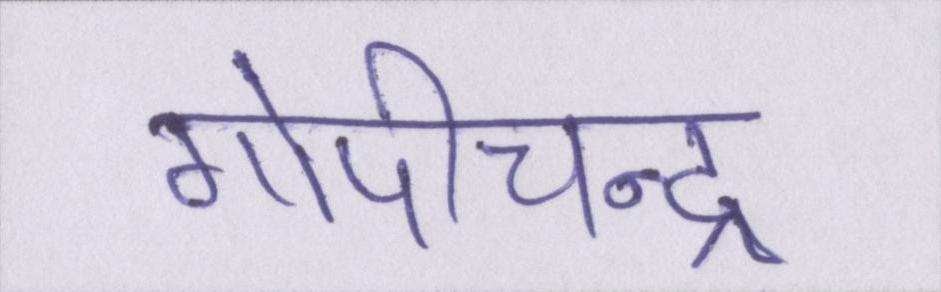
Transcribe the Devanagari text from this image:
गोपीचन्द्र